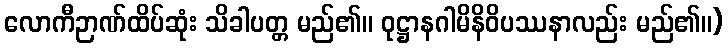
လောကီဉာဏ်ထိပ်ဆုံး သိခါပတ္တ မည်၏။ ဝုဋ္ဌာနဂါမိနိဝိပဿနာလည်း မည်၏။)